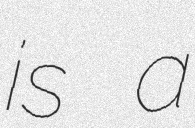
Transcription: is a